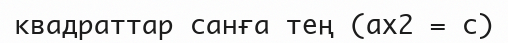
квадраттар санға тең (ax2 = c)